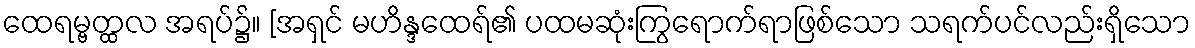
ထေရမ္ဗတ္ထလ အရပ်၌။ [အရှင် မဟိန္ဒထေရ်၏ ပထမဆုံးကြွရောက်ရာဖြစ်သော သရက်ပင်လည်းရှိသော